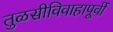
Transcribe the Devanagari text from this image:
तुळसीविवाहापूर्वी